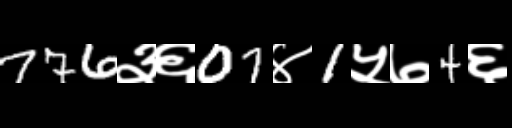
Text: 776३६07४1५७4६